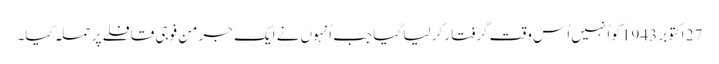
27 اکتوبر 1943 کو اُنہیں اُس وقت گرفتار کر لیا گیا جب اُنہوں نے ایک جرمن فوجی قافلے پر حملہ کیا۔